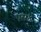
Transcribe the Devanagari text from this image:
एस४